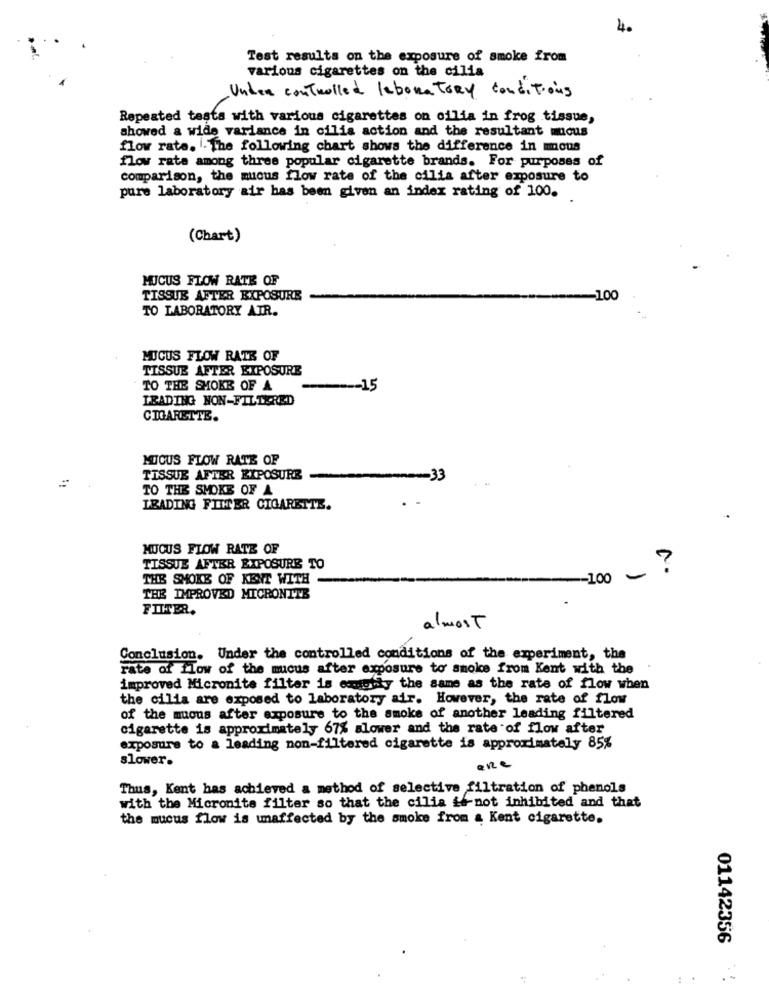
4.
Test results on the exposure of smoke from
various cigarettes on the cilia
Under controlled laboratory conditions
Repeated tests with various cigarettes on cilia in frog tissue,
showed a wide variance in cilia action and the resultant mucus
flow rate. The following chart shows the difference in mous
flow rate among three popular cigarette brands. For purposes of
comparison, the mucus flow rate of the cilia after exposure to
pure laboratory air has been given an index rating of 100.
(Chart)
MUCUS FLOW RATE OF
TISSUE AFTER EXPOSURE
100
TO LABORATORY AIR.
MUCUS FLOW RATE OF
TISSUE AFTER EXPOSURE
TO THE SMOKE OF A
-
--- 15
LEADING NON-FILTERED
CIGARETTE.
MUCUS FLOW RATE OF
TISSUE AFTER EXPOSURE
.33
TO THE SMOKE OF A
LEADING FILTER CIGARETTE.
MUCUS FLOW RATE OF
TISSUE AFTER EXPOSURE TO
-
?
THE SMOKE OF KENT WITH
-- 100
THE IMPROVED MICRONITE
FILTER.
almost
Conclusion. Under the controlled conditions of the experiment, the
rate of flow of the mucus after exposure to smoke from Kent with the
improved Micronite filter is emorly the same as the rate of flow when
the cilla are exposed to laboratory air. However, the rate of flow
of the muous after exposure to the smoke of another leading filtered
cigarette is approximately 67% slower and the rate of flow after
exposure to a leading non-filtered cigarette is approximately 85%
slower.
ene
Thus, Kent has achieved a method of selective filtration of phenols
with the Micronite filter so that the cilia fe not inhibited and that
the mucus flow is unaffected by the smoke from a Kent cigarette.
01142356
: .